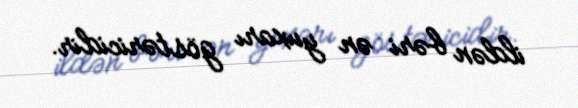
ildən bəri ən yuxarı göstəricidir.